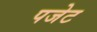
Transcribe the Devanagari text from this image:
पजेट